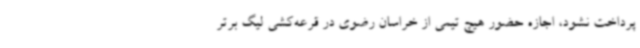
پرداخت نشود، اجازه حضور هیچ تیمی از خراسان رضوی در قرعه‌کشی لیگ برتر